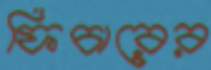
ফিচারের